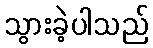
သွားခဲ့ပါသည်